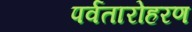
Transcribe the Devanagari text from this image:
पर्वतारोहरण